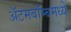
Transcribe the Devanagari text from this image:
अॅटमबॉम्बमध्ये